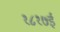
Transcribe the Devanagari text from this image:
१८१७ई